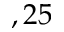
, 2 5